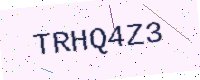
Text: TRHQ4Z3